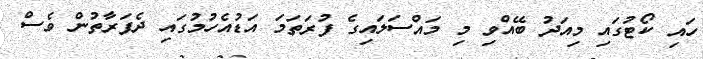
ހައި ކޯޓުގައި މިއަދު ބޭއްވި މި މައްސަލައިގެ ފުރަތަމަ އަޑުއެހުމުގައި ދެފަރާތުން ވެސް